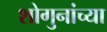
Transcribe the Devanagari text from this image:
शोगुनांच्या